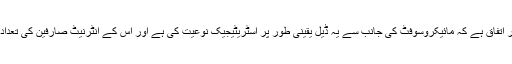
اس بات پر ان کو ضرور اتفاق ہے کہ مائیکروسوفٹ کی جانب سے یہ ڈیل یقینی طور پر اسٹریٹیجیک نوعیت کی ہے اور اس کے انٹرنیٹ صارفین کی تعداد میں خاصا اضافہ ہو گا۔